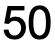
50